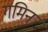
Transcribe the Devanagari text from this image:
गमिन